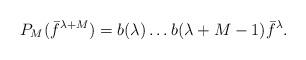
LaTeX: \begin{align*}P_M(\bar f^{\lambda+M}) = b(\lambda)\dots b(\lambda+M-1)\bar f ^{\lambda}.\end{align*}